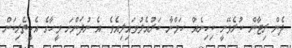
ދެން ރިޓާން ކުރެވޭނީ ކިހިނެއް. ހަމްނާ ކަރުއެލުވައިލިއެވެ. އެ ނުދަންނަ މީހާގެ އެހީތެރިކަން